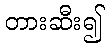
တားဆီး၍